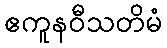
ဧကူနဝီသတိမံ